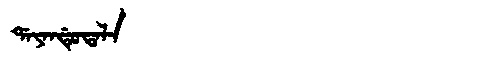
Manchu: ᡩᠠᠶᠠᠨᡩᡠᡨᠠᠯᠠ
Romanization: DAYANDUTALA